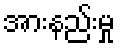
အားနည်းမှု